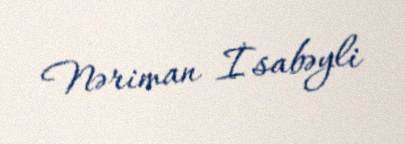
Nəriman İsabəyli